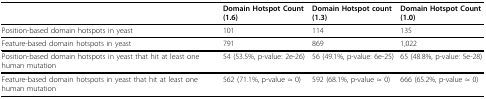
|  | Domain Hotspot Count (1.6) | Domain Hotspot count (1.3) | Domain Hotspot Count (1.0) |
 | --- | --- | --- | --- |
 | Position-based domain hotspots in yeast | 101 | 114 | 135 |
 | Feature-based domain hotspots in yeast | 791 | 869 | 1,022 |
 | Position-based domain hotspots in yeast that hit at least one human mutation | 54 (53.5%, p-value: 2e-26) | 56 (49.1%, p-value: 6e-25) | 65 (48.8%, p-value: 5e-28) |
 | Feature-based domain hotspots in yeast that hit at least one human mutation | 562 (71.1%, p-value ≈ 0) | 592 (68.1%, p-value ≈ 0) | 666 (65.2%, p-value ≈ 0) |